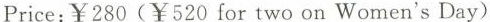
Price:￥280（￥520 for two on Women's Day）